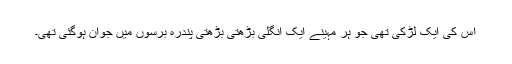
اس کی ایک لڑکی تھی جو ہر مہینے ایک انگلی بڑھتی بڑھتی پندرہ برسوں میں جوان ہوگئی تھی۔